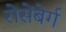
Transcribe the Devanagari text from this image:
रोसेंबेर्ग